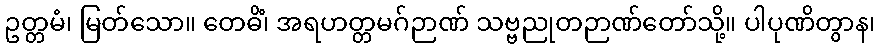
ဥတ္တမံ၊ မြတ်သော။ တေဓိံ၊ အရဟတ္တမဂ်ဉာဏ် သဗ္ဗညုတဉာဏ်တော်သို့။ ပါပုဏိတွာန၊